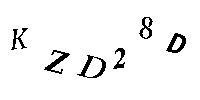
KZD28D